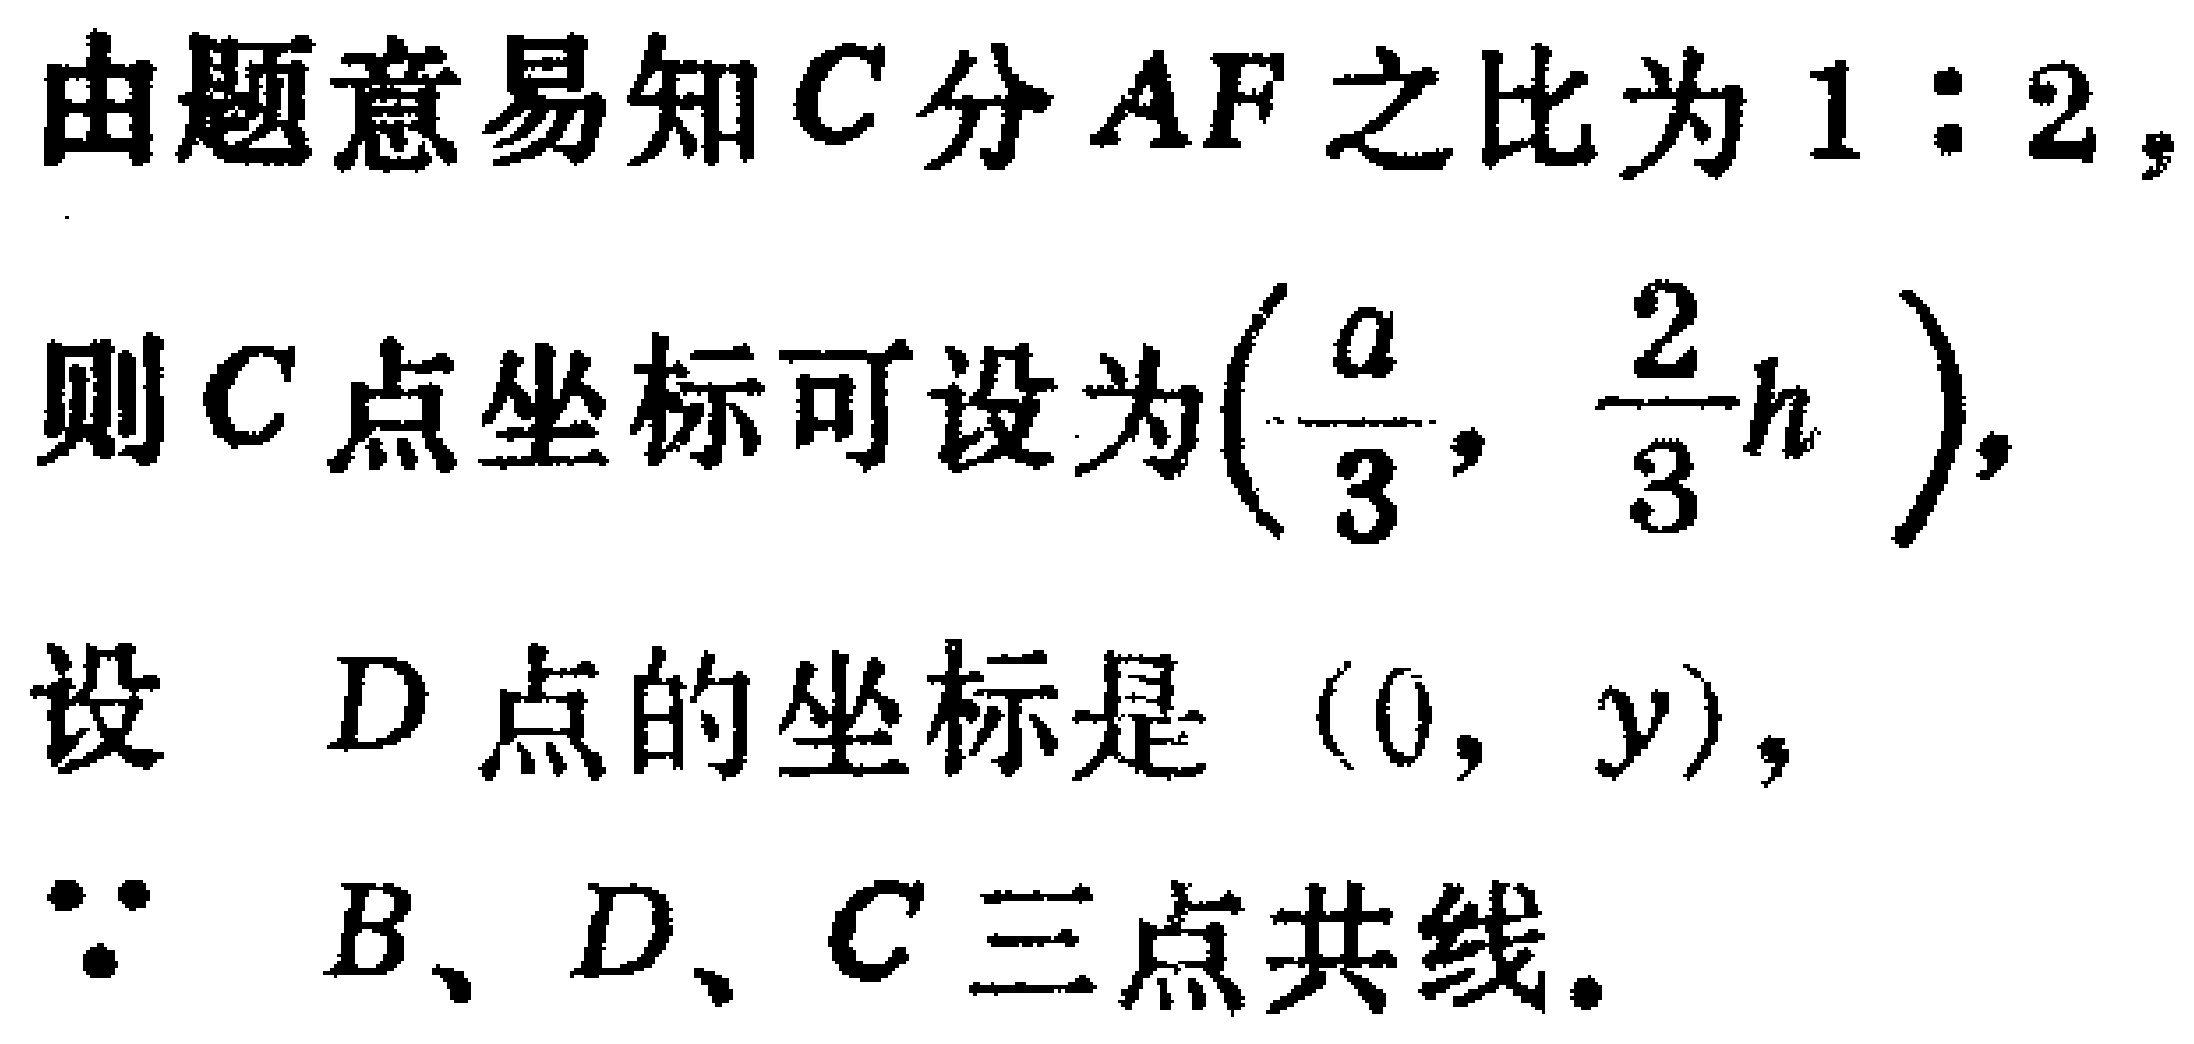
由题意易知\(C\)分\(AF\)之比为\(1:2\)，

则\(C\)点坐标可设为\((\frac{a}{3}, \frac{2}{3}h )\)，

设 \(D\)点的坐标是 \((0, y)\)，

\(\because\) \(B、D、C\)三点共线。